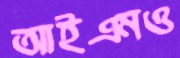
আইএমও